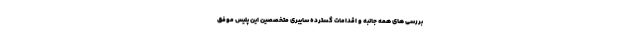
بررسی های همه جانبه و اقدامات گسترده سایبری متخصصین این پلیس موفق